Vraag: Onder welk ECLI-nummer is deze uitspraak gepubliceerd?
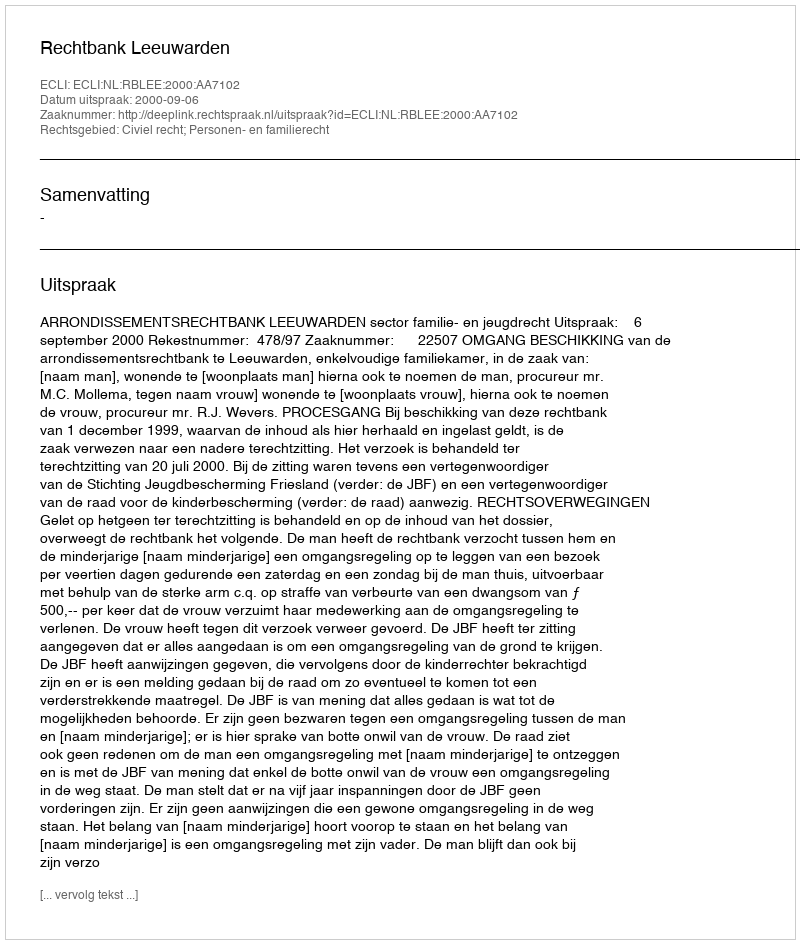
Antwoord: ECLI:NL:RBLEE:2000:AA7102